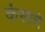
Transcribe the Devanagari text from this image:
कंसाचे